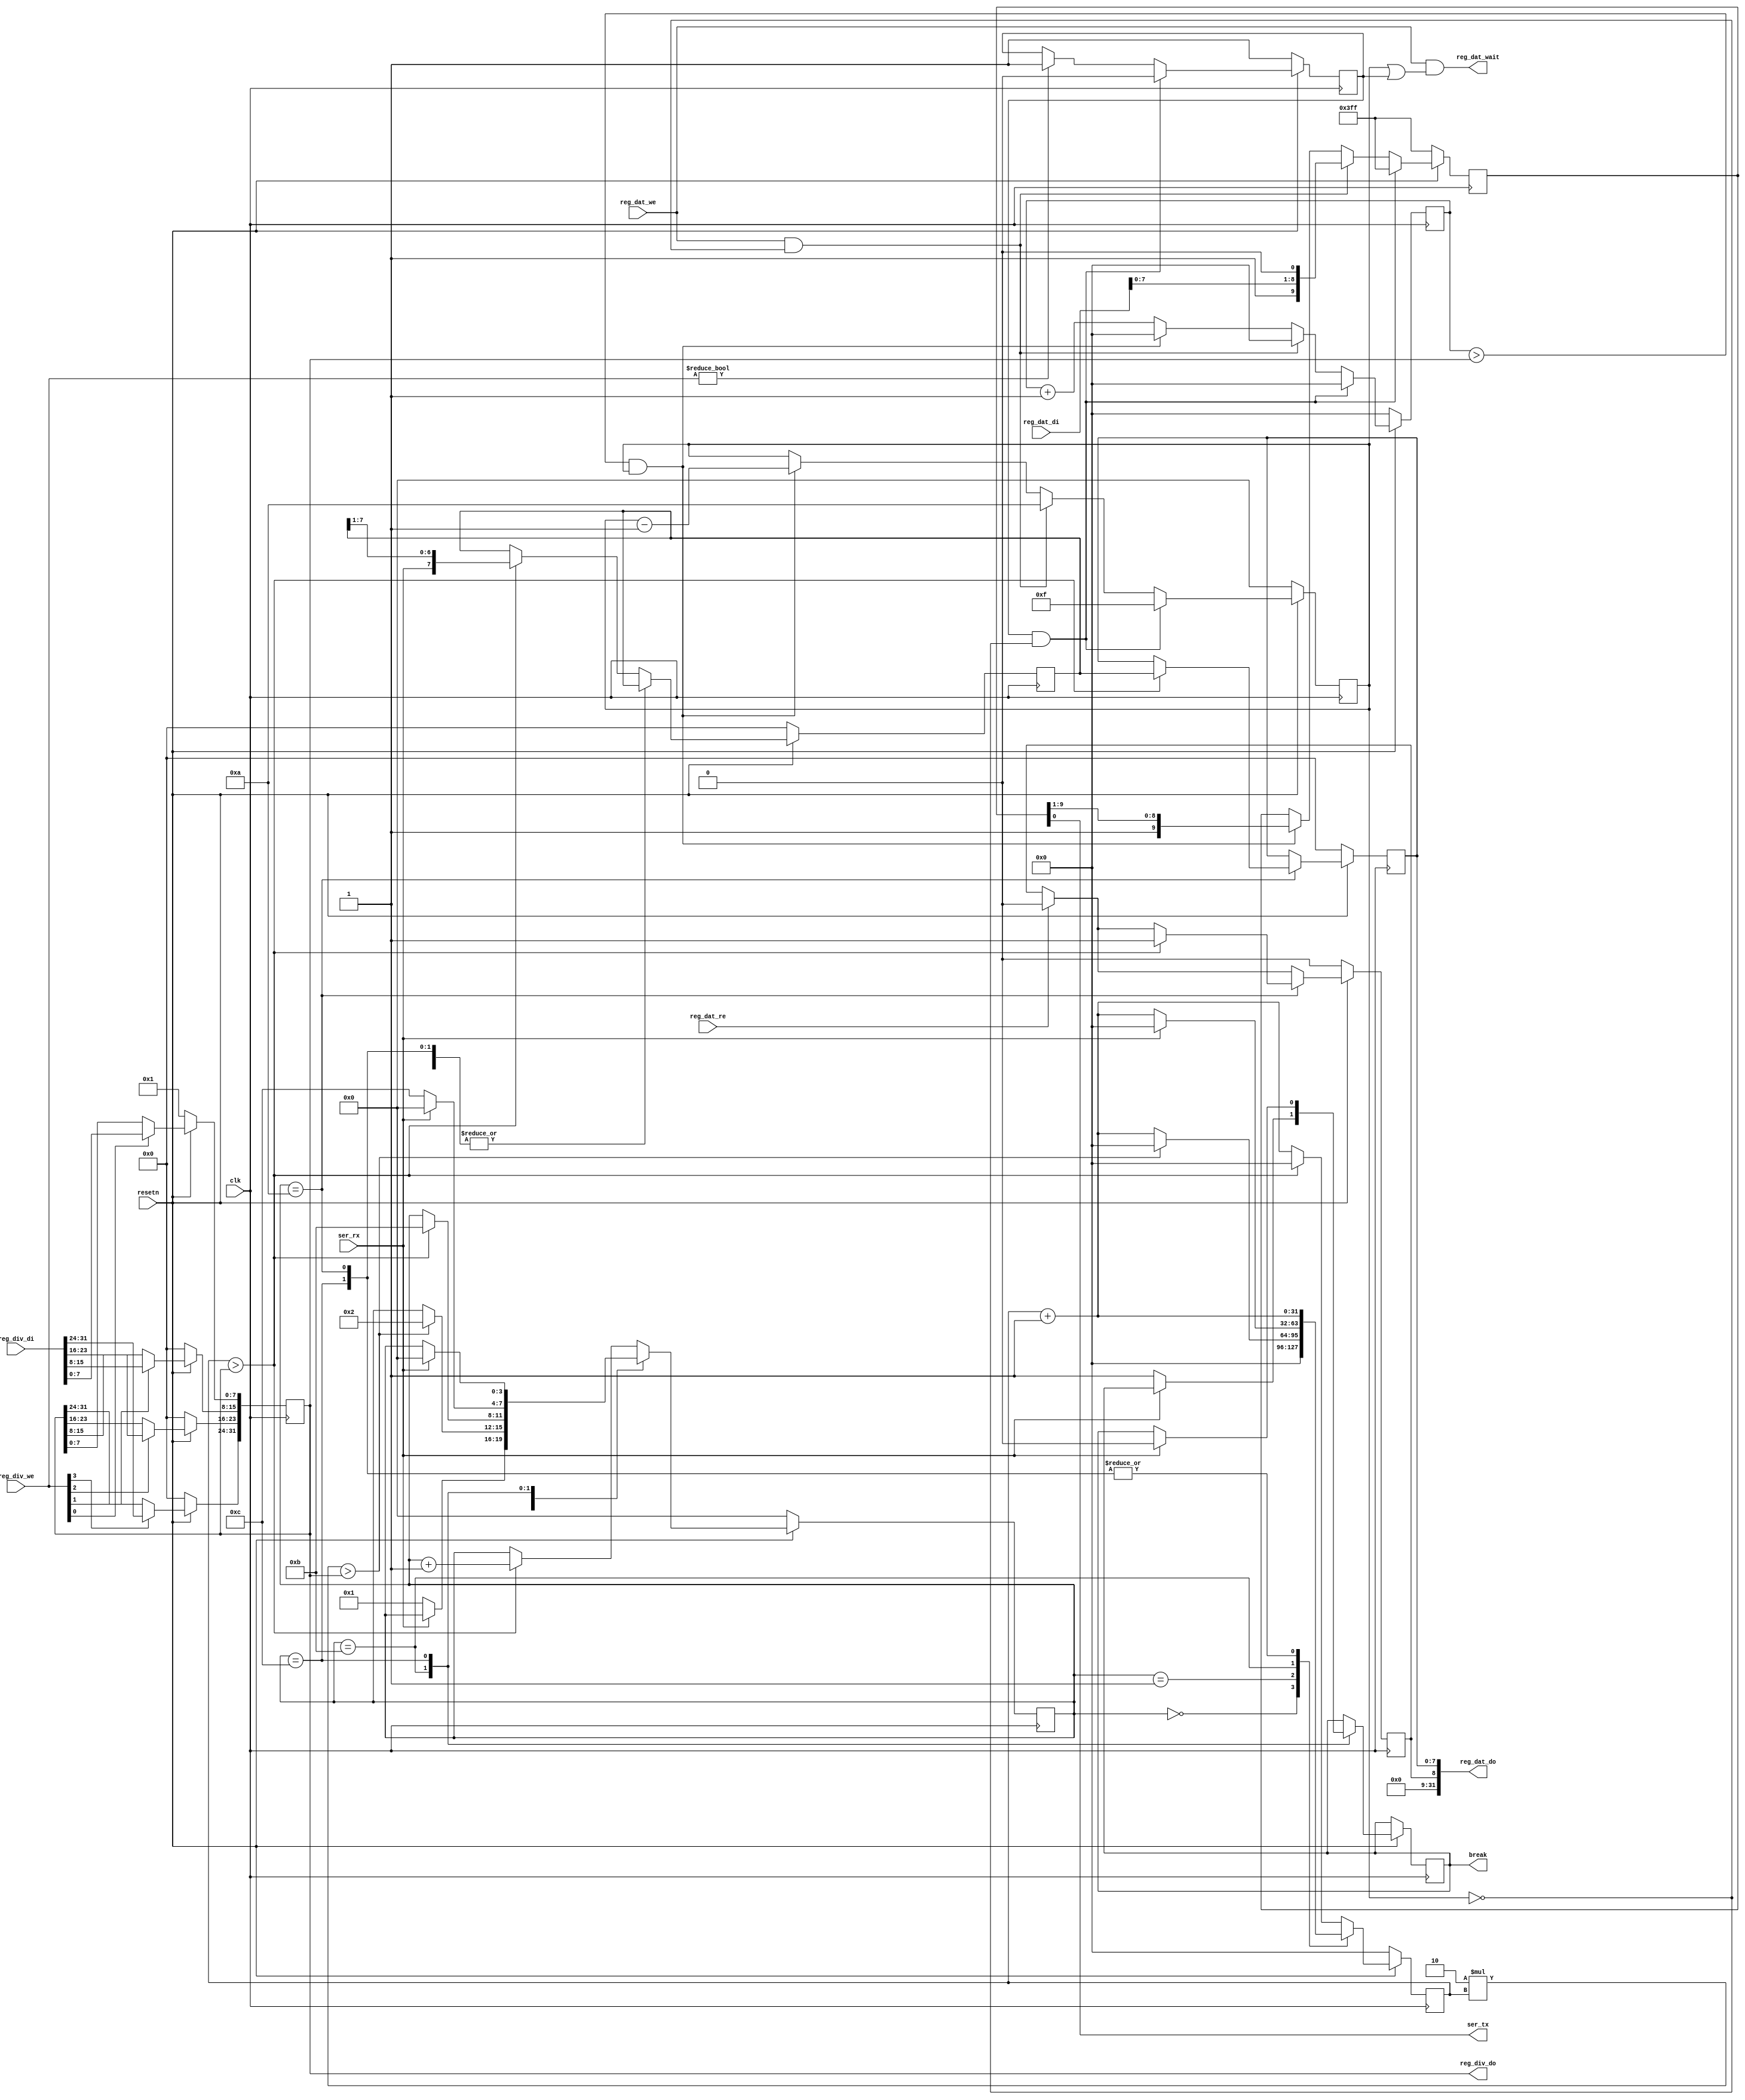
module simpleuart (
	input clk,
	input resetn,

	output ser_tx,
	input  ser_rx,

	output break,

	input   [3:0] reg_div_we,
	input  [31:0] reg_div_di,
	output [31:0] reg_div_do,

	input         reg_dat_we,
	input         reg_dat_re,
	input  [31:0] reg_dat_di,
	output [31:0] reg_dat_do,
	output        reg_dat_wait
);
	reg [31:0] cfg_divider;

	reg [3:0] recv_state;
	reg [31:0] recv_divcnt;
	reg [7:0] recv_pattern;
	reg [7:0] recv_buf_data;
	reg recv_buf_valid;

	reg [9:0] send_pattern;
	reg [3:0] send_bitcnt;
	reg [31:0] send_divcnt;
	reg send_dummy;
	
	reg break;

	assign reg_div_do = cfg_divider;

	assign reg_dat_wait = reg_dat_we && (send_bitcnt || send_dummy);
	assign reg_dat_do = {recv_buf_valid, recv_buf_data};

	always @(posedge clk) begin
		if (!resetn) begin
			cfg_divider <= 1;
		end else begin
			if (reg_div_we[0]) cfg_divider[ 7: 0] <= reg_div_di[ 7: 0];
			if (reg_div_we[1]) cfg_divider[15: 8] <= reg_div_di[15: 8];
			if (reg_div_we[2]) cfg_divider[23:16] <= reg_div_di[23:16];
			if (reg_div_we[3]) cfg_divider[31:24] <= reg_div_di[31:24];
		end
	end

	always @(posedge clk) begin
		if (!resetn) begin
			recv_state <= 0;
			recv_divcnt <= 0;
			recv_pattern <= 0;
			recv_buf_data <= 0;
			recv_buf_valid <= 0;
		end else begin
			recv_divcnt <= recv_divcnt + 1;
			if (reg_dat_re)
				recv_buf_valid <= 0;
			case (recv_state)
				0: begin
					if (!ser_rx)
						recv_state <= 1;
					recv_divcnt <= 0;
				end
				1: begin
					if (2*recv_divcnt > cfg_divider) begin
						recv_state <= 2;
						recv_divcnt <= 0;
					end
				end
				10: begin
					if (recv_divcnt > cfg_divider) begin
						recv_buf_data <= recv_pattern;
						recv_buf_valid <= 1;
						recv_state <= 11;
					end
				end
				11: begin
					if (ser_rx)
					begin
						recv_state <= 0;
						recv_divcnt <= 0;
					end
					else
					begin
						break <= 1;
						recv_state <= 12;
					end
				end
				12: begin
					if (ser_rx)
					begin
						break <= 0;
						recv_state <= 0;
					end
				end
				default: begin
					if (recv_divcnt > cfg_divider) begin
						recv_pattern <= {ser_rx, recv_pattern[7:1]};
						recv_state <= recv_state + 1;
						recv_divcnt <= 0;
					end
				end
			endcase
		end
	end

	assign ser_tx = send_pattern[0];

	always @(posedge clk) begin
		if (reg_div_we)
			send_dummy <= 1;
		send_divcnt <= send_divcnt + 1;
		if (!resetn) begin
			send_pattern <= ~0;
			send_bitcnt <= 0;
			send_divcnt <= 0;
			send_dummy <= 1;
		end else begin
			if (send_dummy && !send_bitcnt) begin
				send_pattern <= ~0;
				send_bitcnt <= 15;
				send_divcnt <= 0;
				send_dummy <= 0;
			end else
			if (reg_dat_we && !send_bitcnt) begin
				send_pattern <= {1'b1, reg_dat_di[7:0], 1'b0};
				send_bitcnt <= 10;
				send_divcnt <= 0;
			end else
			if (send_divcnt > cfg_divider && send_bitcnt) begin
				send_pattern <= {1'b1, send_pattern[9:1]};
				send_bitcnt <= send_bitcnt - 1;
				send_divcnt <= 0;
			end
		end
	end
endmodule